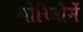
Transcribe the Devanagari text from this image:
योरितोमें